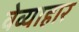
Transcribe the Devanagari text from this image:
वेव्याहार